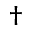
\dagger